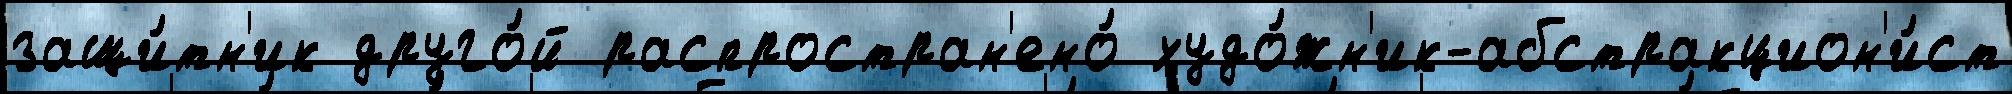
защи́тн'ик друго́й распростран'ено́ худо́жн'ик-абстракцион'и́ст